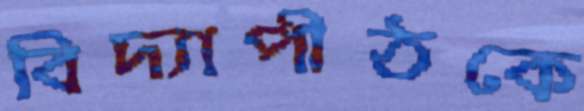
বিদ্যাপীঠকে